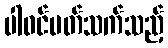
ပါဝင်ပတ်သက်သည့်